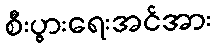
စီးပွားရေးအင်အား